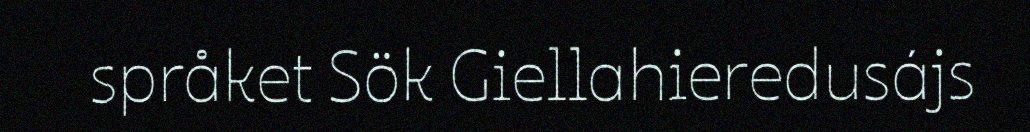
språket Sök Giellahieredusájs